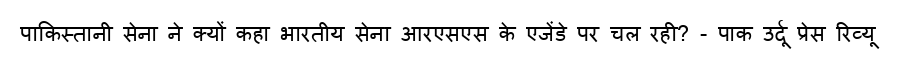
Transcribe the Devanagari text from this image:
पाकिस्तानी सेना ने क्यों कहा भारतीय सेना आरएसएस के एजेंडे पर चल रही? - पाक उर्दू प्रेस रिव्यू